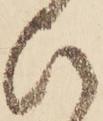
ひ